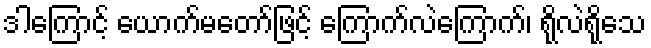
ဒါကြောင့် ယောက်မတော်ဖြင့် ကြောက်လဲကြောက်၊ ရိုလဲရိုသေ